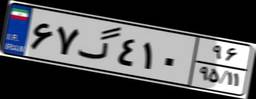
۱۰گ۱۸۴۵۳